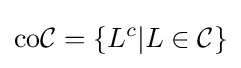
\mathrm {co} {\mathcal {C}}=\left\{L^{c}|L\in {\mathcal {C}}\right\}